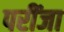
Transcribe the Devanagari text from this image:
परींजा